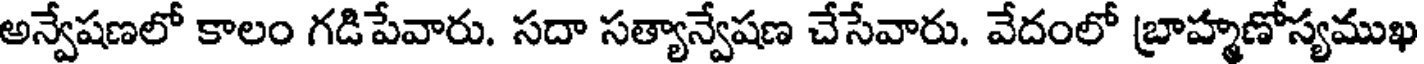
అన్వేషణలో కాలం గడిపేవారు. సదా సత్యాన్వేషణ చేసేవారు. వేదంలో బ్రాహ్మణోస్యముఖ